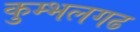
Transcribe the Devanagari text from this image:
कुम्‍भलगढ